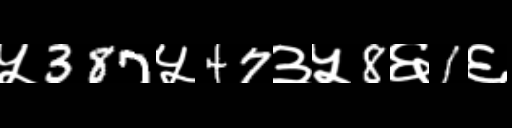
Text: ५387५47३५8६1६